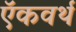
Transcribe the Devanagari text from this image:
ऍकवर्थ